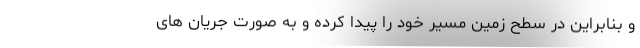
و بنابراین در سطح زمین مسیر خود را پیدا کرده و به صورت جریان های